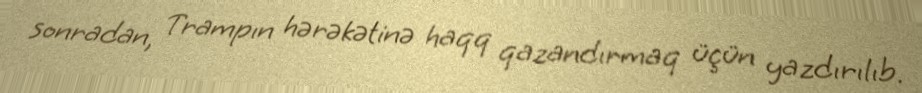
sonradan, Trampın hərəkətinə haqq qazandırmaq üçün yazdırılıb.